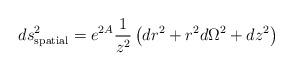
\begin{align*}ds_{\rm spatial}^2 = e^{2 A} \frac{1}{z^2} \left( dr^2 + r^2 d\Omega^2+ dz^2 \right)\end{align*}